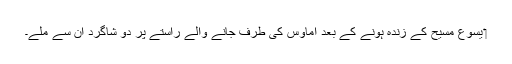
‏ یسوع مسیح کے زندہ ہونے کے بعد اِماؤس کی طرف جانے والے راستے پر دو شاگرد اُن سے ملے۔